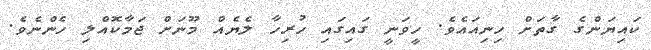
ކައިޔަންގެ ގާތަށް ހިނިއައެވެ. ހީވަނީ ގައިގައި ހުރިހާ ލެޔެއް މޫނަށް ޖަމާކޮއްލި ހެންނެވެ.